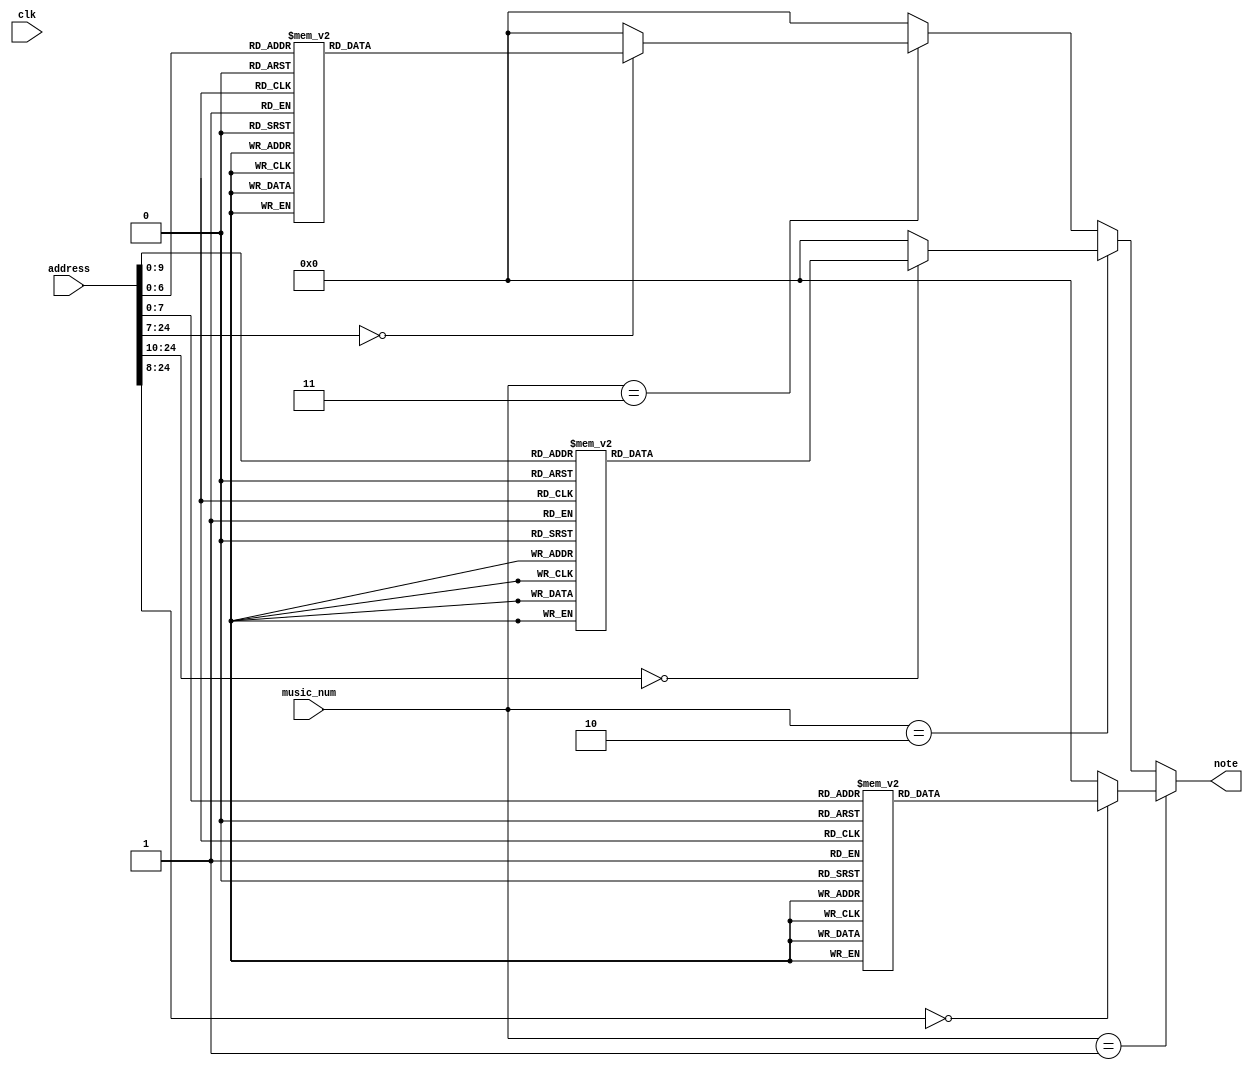
/*
   This file was generated automatically by the Mojo IDE version B1.3.6.
   Do not edit this file directly. Instead edit the original Lucid source.
   This is a temporary file and any changes made to it will be destroyed.
*/

module music_ROM_46 (
    input clk,
    input [24:0] address,
    input [1:0] music_num,
    output reg [7:0] note
  );
  
  
  
  always @* begin
    if (music_num[0+1-:2] == 1'h1) begin
      
      case (address)
        1'h0: begin
          note = 1'h0;
        end
        1'h1: begin
          note = 1'h0;
        end
        2'h2: begin
          note = 1'h0;
        end
        2'h3: begin
          note = 1'h0;
        end
        3'h4: begin
          note = 6'h20;
        end
        3'h5: begin
          note = 1'h0;
        end
        3'h6: begin
          note = 6'h20;
        end
        3'h7: begin
          note = 1'h0;
        end
        4'h8: begin
          note = 6'h22;
        end
        4'h9: begin
          note = 1'h0;
        end
        4'ha: begin
          note = 1'h0;
        end
        4'hb: begin
          note = 1'h0;
        end
        4'hc: begin
          note = 6'h20;
        end
        4'hd: begin
          note = 1'h0;
        end
        4'he: begin
          note = 1'h0;
        end
        4'hf: begin
          note = 1'h0;
        end
        5'h10: begin
          note = 6'h25;
        end
        5'h11: begin
          note = 1'h0;
        end
        5'h12: begin
          note = 1'h0;
        end
        5'h13: begin
          note = 1'h0;
        end
        5'h14: begin
          note = 6'h24;
        end
        5'h15: begin
          note = 1'h0;
        end
        5'h16: begin
          note = 1'h0;
        end
        5'h17: begin
          note = 1'h0;
        end
        5'h18: begin
          note = 1'h0;
        end
        5'h19: begin
          note = 1'h0;
        end
        5'h1a: begin
          note = 1'h0;
        end
        5'h1b: begin
          note = 1'h0;
        end
        5'h1c: begin
          note = 6'h20;
        end
        5'h1d: begin
          note = 1'h0;
        end
        5'h1e: begin
          note = 6'h20;
        end
        5'h1f: begin
          note = 1'h0;
        end
        6'h20: begin
          note = 6'h22;
        end
        6'h21: begin
          note = 1'h0;
        end
        6'h22: begin
          note = 1'h0;
        end
        6'h23: begin
          note = 1'h0;
        end
        6'h24: begin
          note = 6'h20;
        end
        6'h25: begin
          note = 1'h0;
        end
        6'h26: begin
          note = 1'h0;
        end
        6'h27: begin
          note = 1'h0;
        end
        6'h28: begin
          note = 6'h26;
        end
        6'h29: begin
          note = 1'h0;
        end
        6'h2a: begin
          note = 1'h0;
        end
        6'h2b: begin
          note = 1'h0;
        end
        6'h2c: begin
          note = 6'h25;
        end
        6'h2d: begin
          note = 1'h0;
        end
        6'h2e: begin
          note = 1'h0;
        end
        6'h2f: begin
          note = 1'h0;
        end
        6'h30: begin
          note = 1'h0;
        end
        6'h31: begin
          note = 1'h0;
        end
        6'h32: begin
          note = 1'h0;
        end
        6'h33: begin
          note = 1'h0;
        end
        6'h34: begin
          note = 6'h20;
        end
        6'h35: begin
          note = 1'h0;
        end
        6'h36: begin
          note = 6'h20;
        end
        6'h37: begin
          note = 1'h0;
        end
        6'h38: begin
          note = 6'h2c;
        end
        6'h39: begin
          note = 1'h0;
        end
        6'h3a: begin
          note = 1'h0;
        end
        6'h3b: begin
          note = 1'h0;
        end
        6'h3c: begin
          note = 6'h29;
        end
        6'h3d: begin
          note = 1'h0;
        end
        6'h3e: begin
          note = 1'h0;
        end
        6'h3f: begin
          note = 1'h0;
        end
        7'h40: begin
          note = 6'h25;
        end
        7'h41: begin
          note = 1'h0;
        end
        7'h42: begin
          note = 1'h0;
        end
        7'h43: begin
          note = 1'h0;
        end
        7'h44: begin
          note = 6'h24;
        end
        7'h45: begin
          note = 1'h0;
        end
        7'h46: begin
          note = 1'h0;
        end
        7'h47: begin
          note = 1'h0;
        end
        7'h48: begin
          note = 6'h22;
        end
        7'h49: begin
          note = 1'h0;
        end
        7'h4a: begin
          note = 1'h0;
        end
        7'h4b: begin
          note = 1'h0;
        end
        7'h4c: begin
          note = 1'h0;
        end
        7'h4d: begin
          note = 1'h0;
        end
        7'h4e: begin
          note = 1'h0;
        end
        7'h4f: begin
          note = 1'h0;
        end
        7'h50: begin
          note = 1'h0;
        end
        7'h51: begin
          note = 1'h0;
        end
        7'h52: begin
          note = 1'h0;
        end
        7'h53: begin
          note = 1'h0;
        end
        7'h54: begin
          note = 6'h2a;
        end
        7'h55: begin
          note = 1'h0;
        end
        7'h56: begin
          note = 6'h2a;
        end
        7'h57: begin
          note = 1'h0;
        end
        7'h58: begin
          note = 6'h29;
        end
        7'h59: begin
          note = 1'h0;
        end
        7'h5a: begin
          note = 1'h0;
        end
        7'h5b: begin
          note = 1'h0;
        end
        7'h5c: begin
          note = 6'h25;
        end
        7'h5d: begin
          note = 1'h0;
        end
        7'h5e: begin
          note = 1'h0;
        end
        7'h5f: begin
          note = 1'h0;
        end
        7'h60: begin
          note = 6'h27;
        end
        7'h61: begin
          note = 1'h0;
        end
        7'h62: begin
          note = 1'h0;
        end
        7'h63: begin
          note = 1'h0;
        end
        7'h64: begin
          note = 6'h25;
        end
        7'h65: begin
          note = 1'h0;
        end
        7'h66: begin
          note = 1'h0;
        end
        7'h67: begin
          note = 1'h0;
        end
        7'h68: begin
          note = 1'h0;
        end
        7'h69: begin
          note = 1'h0;
        end
        7'h6a: begin
          note = 1'h0;
        end
        7'h6b: begin
          note = 1'h0;
        end
        7'h6c: begin
          note = 1'h0;
        end
        7'h6d: begin
          note = 1'h0;
        end
        7'h6e: begin
          note = 1'h0;
        end
        7'h6f: begin
          note = 1'h0;
        end
        7'h70: begin
          note = 1'h0;
        end
        7'h71: begin
          note = 1'h0;
        end
        7'h72: begin
          note = 1'h0;
        end
        7'h73: begin
          note = 1'h0;
        end
        7'h74: begin
          note = 1'h0;
        end
        7'h75: begin
          note = 1'h0;
        end
        7'h76: begin
          note = 1'h0;
        end
        7'h77: begin
          note = 1'h0;
        end
        7'h78: begin
          note = 1'h0;
        end
        7'h79: begin
          note = 1'h0;
        end
        7'h7a: begin
          note = 1'h0;
        end
        7'h7b: begin
          note = 1'h0;
        end
        7'h7c: begin
          note = 1'h0;
        end
        7'h7d: begin
          note = 1'h0;
        end
        7'h7e: begin
          note = 1'h0;
        end
        7'h7f: begin
          note = 1'h0;
        end
        8'h80: begin
          note = 1'h0;
        end
        8'h81: begin
          note = 1'h0;
        end
        8'h82: begin
          note = 1'h0;
        end
        8'h83: begin
          note = 1'h0;
        end
        8'h84: begin
          note = 1'h0;
        end
        8'h85: begin
          note = 1'h0;
        end
        8'h86: begin
          note = 1'h0;
        end
        8'h87: begin
          note = 1'h0;
        end
        8'h88: begin
          note = 1'h0;
        end
        8'h89: begin
          note = 1'h0;
        end
        8'h8a: begin
          note = 1'h0;
        end
        8'h8b: begin
          note = 1'h0;
        end
        8'h8c: begin
          note = 1'h0;
        end
        8'h8d: begin
          note = 1'h0;
        end
        8'h8e: begin
          note = 1'h0;
        end
        8'h8f: begin
          note = 1'h0;
        end
        8'h90: begin
          note = 1'h0;
        end
        8'h91: begin
          note = 1'h0;
        end
        8'h92: begin
          note = 1'h0;
        end
        8'h93: begin
          note = 1'h0;
        end
        8'h94: begin
          note = 1'h0;
        end
        8'h95: begin
          note = 1'h0;
        end
        8'h96: begin
          note = 1'h0;
        end
        8'h97: begin
          note = 1'h0;
        end
        8'h98: begin
          note = 1'h0;
        end
        8'h99: begin
          note = 1'h0;
        end
        8'h9a: begin
          note = 1'h0;
        end
        8'h9b: begin
          note = 1'h0;
        end
        8'h9c: begin
          note = 1'h0;
        end
        8'h9d: begin
          note = 1'h0;
        end
        8'h9e: begin
          note = 1'h0;
        end
        8'h9f: begin
          note = 1'h0;
        end
        8'ha0: begin
          note = 1'h0;
        end
        8'ha1: begin
          note = 1'h0;
        end
        8'ha2: begin
          note = 1'h0;
        end
        8'ha3: begin
          note = 1'h0;
        end
        8'ha4: begin
          note = 1'h0;
        end
        8'ha5: begin
          note = 1'h0;
        end
        8'ha6: begin
          note = 1'h0;
        end
        8'ha7: begin
          note = 1'h0;
        end
        8'ha8: begin
          note = 1'h0;
        end
        8'ha9: begin
          note = 1'h0;
        end
        8'haa: begin
          note = 1'h0;
        end
        8'hab: begin
          note = 1'h0;
        end
        8'hac: begin
          note = 1'h0;
        end
        8'had: begin
          note = 1'h0;
        end
        8'hae: begin
          note = 1'h0;
        end
        8'haf: begin
          note = 1'h0;
        end
        8'hb0: begin
          note = 1'h0;
        end
        8'hb1: begin
          note = 1'h0;
        end
        8'hb2: begin
          note = 1'h0;
        end
        8'hb3: begin
          note = 1'h0;
        end
        8'hb4: begin
          note = 1'h0;
        end
        8'hb5: begin
          note = 1'h0;
        end
        8'hb6: begin
          note = 1'h0;
        end
        8'hb7: begin
          note = 1'h0;
        end
        8'hb8: begin
          note = 1'h0;
        end
        8'hb9: begin
          note = 1'h0;
        end
        8'hba: begin
          note = 1'h0;
        end
        8'hbb: begin
          note = 1'h0;
        end
        8'hbc: begin
          note = 1'h0;
        end
        8'hbd: begin
          note = 1'h0;
        end
        8'hbe: begin
          note = 1'h0;
        end
        8'hbf: begin
          note = 1'h0;
        end
        8'hc0: begin
          note = 1'h0;
        end
        8'hc1: begin
          note = 1'h0;
        end
        8'hc2: begin
          note = 1'h0;
        end
        8'hc3: begin
          note = 1'h0;
        end
        8'hc4: begin
          note = 1'h0;
        end
        8'hc5: begin
          note = 1'h0;
        end
        8'hc6: begin
          note = 1'h0;
        end
        8'hc7: begin
          note = 1'h0;
        end
        8'hc8: begin
          note = 1'h0;
        end
        8'hc9: begin
          note = 1'h0;
        end
        8'hca: begin
          note = 1'h0;
        end
        8'hcb: begin
          note = 1'h0;
        end
        8'hcc: begin
          note = 1'h0;
        end
        8'hcd: begin
          note = 1'h0;
        end
        8'hce: begin
          note = 1'h0;
        end
        8'hcf: begin
          note = 1'h0;
        end
        8'hd0: begin
          note = 1'h0;
        end
        8'hd1: begin
          note = 1'h0;
        end
        8'hd2: begin
          note = 1'h0;
        end
        8'hd3: begin
          note = 1'h0;
        end
        8'hd4: begin
          note = 1'h0;
        end
        8'hd5: begin
          note = 1'h0;
        end
        8'hd6: begin
          note = 1'h0;
        end
        8'hd7: begin
          note = 1'h0;
        end
        8'hd8: begin
          note = 1'h0;
        end
        8'hd9: begin
          note = 1'h0;
        end
        8'hda: begin
          note = 1'h0;
        end
        8'hdb: begin
          note = 1'h0;
        end
        8'hdc: begin
          note = 1'h0;
        end
        8'hdd: begin
          note = 1'h0;
        end
        8'hde: begin
          note = 1'h0;
        end
        8'hdf: begin
          note = 1'h0;
        end
        8'he0: begin
          note = 1'h0;
        end
        8'he1: begin
          note = 1'h0;
        end
        8'he2: begin
          note = 1'h0;
        end
        8'he3: begin
          note = 1'h0;
        end
        8'he4: begin
          note = 1'h0;
        end
        8'he5: begin
          note = 1'h0;
        end
        8'he6: begin
          note = 1'h0;
        end
        8'he7: begin
          note = 1'h0;
        end
        8'he8: begin
          note = 1'h0;
        end
        8'he9: begin
          note = 1'h0;
        end
        8'hea: begin
          note = 1'h0;
        end
        8'heb: begin
          note = 1'h0;
        end
        8'hec: begin
          note = 1'h0;
        end
        8'hed: begin
          note = 1'h0;
        end
        8'hee: begin
          note = 1'h0;
        end
        8'hef: begin
          note = 1'h0;
        end
        8'hf0: begin
          note = 1'h0;
        end
        8'hf1: begin
          note = 1'h0;
        end
        8'hf2: begin
          note = 1'h0;
        end
        8'hef: begin
          note = 1'h0;
        end
        8'hf0: begin
          note = 1'h0;
        end
        8'hf1: begin
          note = 1'h0;
        end
        8'hf2: begin
          note = 1'h0;
        end
        default: begin
          note = 1'h0;
        end
      endcase
    end else begin
      if (music_num == 2'h2) begin
        
        case (address)
          1'h0: begin
            note = 1'h0;
          end
          1'h1: begin
            note = 1'h0;
          end
          2'h2: begin
            note = 1'h0;
          end
          2'h3: begin
            note = 1'h0;
          end
          3'h4: begin
            note = 6'h29;
          end
          3'h5: begin
            note = 6'h29;
          end
          3'h6: begin
            note = 1'h0;
          end
          3'h7: begin
            note = 6'h29;
          end
          4'h8: begin
            note = 1'h0;
          end
          4'h9: begin
            note = 6'h25;
          end
          4'ha: begin
            note = 6'h29;
          end
          4'hb: begin
            note = 1'h0;
          end
          4'hc: begin
            note = 6'h2c;
          end
          4'hd: begin
            note = 1'h0;
          end
          4'he: begin
            note = 1'h0;
          end
          4'hf: begin
            note = 1'h0;
          end
          5'h10: begin
            note = 4'h8;
          end
          5'h11: begin
            note = 1'h0;
          end
          5'h12: begin
            note = 1'h0;
          end
          5'h13: begin
            note = 1'h0;
          end
          5'h14: begin
            note = 6'h25;
          end
          5'h15: begin
            note = 1'h0;
          end
          5'h16: begin
            note = 1'h0;
          end
          5'h17: begin
            note = 6'h20;
          end
          5'h18: begin
            note = 1'h0;
          end
          5'h19: begin
            note = 1'h0;
          end
          5'h1a: begin
            note = 5'h1d;
          end
          5'h1b: begin
            note = 1'h0;
          end
          5'h1c: begin
            note = 3'h6;
          end
          5'h1d: begin
            note = 6'h22;
          end
          5'h1e: begin
            note = 1'h0;
          end
          5'h1f: begin
            note = 6'h24;
          end
          6'h20: begin
            note = 1'h0;
          end
          6'h21: begin
            note = 6'h23;
          end
          6'h22: begin
            note = 6'h22;
          end
          6'h23: begin
            note = 1'h0;
          end
          6'h24: begin
            note = 1'h0;
          end
          6'h25: begin
            note = 6'h20;
          end
          6'h26: begin
            note = 6'h29;
          end
          6'h27: begin
            note = 6'h2c;
          end
          6'h28: begin
            note = 6'h2e;
          end
          6'h29: begin
            note = 1'h0;
          end
          6'h2a: begin
            note = 6'h2a;
          end
          6'h2b: begin
            note = 6'h2c;
          end
          6'h2c: begin
            note = 4'hd;
          end
          6'h2d: begin
            note = 6'h29;
          end
          6'h2e: begin
            note = 1'h0;
          end
          6'h2f: begin
            note = 6'h25;
          end
          6'h30: begin
            note = 6'h27;
          end
          6'h31: begin
            note = 6'h24;
          end
          6'h32: begin
            note = 1'h0;
          end
          6'h33: begin
            note = 1'h0;
          end
          6'h34: begin
            note = 6'h25;
          end
          6'h35: begin
            note = 1'h0;
          end
          6'h36: begin
            note = 1'h0;
          end
          6'h37: begin
            note = 6'h20;
          end
          6'h38: begin
            note = 1'h0;
          end
          6'h39: begin
            note = 1'h0;
          end
          6'h3a: begin
            note = 5'h1d;
          end
          6'h3b: begin
            note = 1'h0;
          end
          6'h3c: begin
            note = 3'h6;
          end
          6'h3d: begin
            note = 6'h22;
          end
          6'h3e: begin
            note = 1'h0;
          end
          6'h3f: begin
            note = 6'h24;
          end
          7'h40: begin
            note = 1'h0;
          end
          7'h41: begin
            note = 6'h23;
          end
          7'h42: begin
            note = 6'h22;
          end
          7'h43: begin
            note = 1'h0;
          end
          7'h44: begin
            note = 1'h0;
          end
          7'h45: begin
            note = 6'h20;
          end
          7'h46: begin
            note = 6'h29;
          end
          7'h47: begin
            note = 6'h2c;
          end
          7'h48: begin
            note = 6'h2e;
          end
          7'h49: begin
            note = 1'h0;
          end
          7'h4a: begin
            note = 6'h2a;
          end
          7'h4b: begin
            note = 6'h2c;
          end
          7'h4c: begin
            note = 4'hd;
          end
          7'h4d: begin
            note = 6'h29;
          end
          7'h4e: begin
            note = 1'h0;
          end
          7'h4f: begin
            note = 6'h25;
          end
          7'h50: begin
            note = 6'h27;
          end
          7'h51: begin
            note = 6'h24;
          end
          7'h52: begin
            note = 1'h0;
          end
          7'h53: begin
            note = 1'h0;
          end
          7'h54: begin
            note = 4'hd;
          end
          7'h55: begin
            note = 1'h0;
          end
          7'h56: begin
            note = 6'h2c;
          end
          7'h57: begin
            note = 6'h2b;
          end
          7'h58: begin
            note = 6'h2a;
          end
          7'h59: begin
            note = 6'h28;
          end
          7'h5a: begin
            note = 1'h0;
          end
          7'h5b: begin
            note = 6'h29;
          end
          7'h5c: begin
            note = 3'h6;
          end
          7'h5d: begin
            note = 6'h21;
          end
          7'h5e: begin
            note = 6'h22;
          end
          7'h5f: begin
            note = 6'h25;
          end
          7'h60: begin
            note = 1'h0;
          end
          7'h61: begin
            note = 6'h22;
          end
          7'h62: begin
            note = 6'h25;
          end
          7'h63: begin
            note = 6'h27;
          end
          7'h64: begin
            note = 4'hd;
          end
          7'h65: begin
            note = 1'h0;
          end
          7'h66: begin
            note = 6'h2c;
          end
          7'h67: begin
            note = 6'h2b;
          end
          7'h68: begin
            note = 6'h2a;
          end
          7'h69: begin
            note = 6'h28;
          end
          7'h6a: begin
            note = 1'h0;
          end
          7'h6b: begin
            note = 6'h29;
          end
          7'h6c: begin
            note = 3'h6;
          end
          7'h6d: begin
            note = 6'h31;
          end
          7'h6e: begin
            note = 1'h0;
          end
          7'h6f: begin
            note = 6'h31;
          end
          7'h70: begin
            note = 6'h31;
          end
          7'h71: begin
            note = 1'h0;
          end
          7'h72: begin
            note = 1'h0;
          end
          7'h73: begin
            note = 1'h0;
          end
          7'h74: begin
            note = 4'hd;
          end
          7'h75: begin
            note = 1'h0;
          end
          7'h76: begin
            note = 6'h2c;
          end
          7'h77: begin
            note = 6'h2b;
          end
          7'h78: begin
            note = 6'h2a;
          end
          7'h79: begin
            note = 6'h28;
          end
          7'h7a: begin
            note = 1'h0;
          end
          7'h7b: begin
            note = 6'h29;
          end
          7'h7c: begin
            note = 3'h6;
          end
          7'h7d: begin
            note = 6'h21;
          end
          7'h7e: begin
            note = 6'h22;
          end
          7'h7f: begin
            note = 6'h25;
          end
          8'h80: begin
            note = 1'h0;
          end
          8'h81: begin
            note = 6'h22;
          end
          8'h82: begin
            note = 6'h25;
          end
          8'h83: begin
            note = 6'h27;
          end
          8'h84: begin
            note = 4'h9;
          end
          8'h85: begin
            note = 1'h0;
          end
          8'h86: begin
            note = 6'h28;
          end
          8'h87: begin
            note = 1'h0;
          end
          8'h88: begin
            note = 4'hb;
          end
          8'h89: begin
            note = 6'h27;
          end
          8'h8a: begin
            note = 1'h0;
          end
          8'h8b: begin
            note = 1'h0;
          end
          8'h8c: begin
            note = 6'h25;
          end
          8'h8d: begin
            note = 1'h0;
          end
          8'h8e: begin
            note = 1'h0;
          end
          8'h8f: begin
            note = 1'h0;
          end
          8'h90: begin
            note = 1'h0;
          end
          8'h91: begin
            note = 1'h0;
          end
          8'h92: begin
            note = 1'h0;
          end
          8'h93: begin
            note = 1'h0;
          end
          8'h94: begin
            note = 4'hd;
          end
          8'h95: begin
            note = 1'h0;
          end
          8'h96: begin
            note = 6'h2c;
          end
          8'h97: begin
            note = 6'h2b;
          end
          8'h98: begin
            note = 6'h2a;
          end
          8'h99: begin
            note = 6'h28;
          end
          8'h9a: begin
            note = 1'h0;
          end
          8'h9b: begin
            note = 6'h29;
          end
          8'h9c: begin
            note = 3'h6;
          end
          8'h9d: begin
            note = 6'h21;
          end
          8'h9e: begin
            note = 6'h22;
          end
          8'h9f: begin
            note = 6'h25;
          end
          8'ha0: begin
            note = 1'h0;
          end
          8'ha1: begin
            note = 6'h22;
          end
          8'ha2: begin
            note = 6'h25;
          end
          8'ha3: begin
            note = 6'h27;
          end
          8'ha4: begin
            note = 4'hd;
          end
          8'ha5: begin
            note = 1'h0;
          end
          8'ha6: begin
            note = 6'h2c;
          end
          8'ha7: begin
            note = 6'h2b;
          end
          8'ha8: begin
            note = 6'h2a;
          end
          8'ha9: begin
            note = 6'h28;
          end
          8'haa: begin
            note = 1'h0;
          end
          8'hab: begin
            note = 6'h29;
          end
          8'hac: begin
            note = 3'h6;
          end
          8'had: begin
            note = 6'h31;
          end
          8'hae: begin
            note = 1'h0;
          end
          8'haf: begin
            note = 6'h31;
          end
          8'hb0: begin
            note = 6'h31;
          end
          8'hb1: begin
            note = 1'h0;
          end
          8'hb2: begin
            note = 1'h0;
          end
          8'hb3: begin
            note = 1'h0;
          end
          8'hb4: begin
            note = 4'hd;
          end
          8'hb5: begin
            note = 1'h0;
          end
          8'hb6: begin
            note = 6'h2c;
          end
          8'hb7: begin
            note = 6'h2b;
          end
          8'hb8: begin
            note = 6'h2a;
          end
          8'hb9: begin
            note = 6'h28;
          end
          8'hba: begin
            note = 1'h0;
          end
          8'hbb: begin
            note = 6'h29;
          end
          8'hbc: begin
            note = 3'h6;
          end
          8'hbd: begin
            note = 6'h21;
          end
          8'hbe: begin
            note = 6'h22;
          end
          8'hbf: begin
            note = 6'h25;
          end
          8'hc0: begin
            note = 1'h0;
          end
          8'hc1: begin
            note = 6'h22;
          end
          8'hc2: begin
            note = 6'h25;
          end
          8'hc3: begin
            note = 6'h27;
          end
          8'hc4: begin
            note = 4'h9;
          end
          8'hc5: begin
            note = 1'h0;
          end
          8'hc6: begin
            note = 6'h28;
          end
          8'hc7: begin
            note = 1'h0;
          end
          8'hc8: begin
            note = 4'hb;
          end
          8'hc9: begin
            note = 6'h27;
          end
          8'hca: begin
            note = 1'h0;
          end
          8'hcb: begin
            note = 1'h0;
          end
          8'hcc: begin
            note = 6'h25;
          end
          8'hcd: begin
            note = 1'h0;
          end
          8'hce: begin
            note = 1'h0;
          end
          8'hcf: begin
            note = 1'h0;
          end
          8'hd0: begin
            note = 1'h0;
          end
          8'hd1: begin
            note = 1'h0;
          end
          8'hd2: begin
            note = 1'h0;
          end
          8'hd3: begin
            note = 1'h0;
          end
          8'hd4: begin
            note = 6'h25;
          end
          8'hd5: begin
            note = 6'h25;
          end
          8'hd6: begin
            note = 1'h0;
          end
          8'hd7: begin
            note = 6'h25;
          end
          8'hd8: begin
            note = 1'h0;
          end
          8'hd9: begin
            note = 6'h25;
          end
          8'hda: begin
            note = 6'h27;
          end
          8'hdb: begin
            note = 1'h0;
          end
          8'hdc: begin
            note = 6'h29;
          end
          8'hdd: begin
            note = 6'h25;
          end
          8'hde: begin
            note = 1'h0;
          end
          8'hdf: begin
            note = 6'h22;
          end
          8'he0: begin
            note = 6'h20;
          end
          8'he1: begin
            note = 1'h0;
          end
          8'he2: begin
            note = 1'h0;
          end
          8'he3: begin
            note = 1'h0;
          end
          8'he4: begin
            note = 6'h25;
          end
          8'he5: begin
            note = 6'h25;
          end
          8'he6: begin
            note = 1'h0;
          end
          8'he7: begin
            note = 6'h25;
          end
          8'he8: begin
            note = 1'h0;
          end
          8'he9: begin
            note = 6'h25;
          end
          8'hea: begin
            note = 6'h27;
          end
          8'heb: begin
            note = 1'h0;
          end
          8'hec: begin
            note = 6'h29;
          end
          8'hed: begin
            note = 1'h0;
          end
          8'hee: begin
            note = 1'h0;
          end
          8'hef: begin
            note = 1'h0;
          end
          8'hf0: begin
            note = 1'h0;
          end
          8'hf1: begin
            note = 1'h0;
          end
          8'hf2: begin
            note = 1'h0;
          end
          8'hf3: begin
            note = 1'h0;
          end
          8'hf4: begin
            note = 6'h25;
          end
          8'hf5: begin
            note = 6'h25;
          end
          8'hf6: begin
            note = 1'h0;
          end
          8'hf7: begin
            note = 6'h25;
          end
          8'hf8: begin
            note = 1'h0;
          end
          8'hf9: begin
            note = 6'h25;
          end
          8'hfa: begin
            note = 6'h27;
          end
          8'hfb: begin
            note = 1'h0;
          end
          8'hfc: begin
            note = 6'h29;
          end
          8'hfd: begin
            note = 6'h25;
          end
          8'hfe: begin
            note = 1'h0;
          end
          8'hff: begin
            note = 6'h22;
          end
          9'h100: begin
            note = 6'h20;
          end
          9'h101: begin
            note = 1'h0;
          end
          9'h102: begin
            note = 1'h0;
          end
          9'h103: begin
            note = 1'h0;
          end
          9'h104: begin
            note = 6'h29;
          end
          9'h105: begin
            note = 6'h29;
          end
          9'h106: begin
            note = 1'h0;
          end
          9'h107: begin
            note = 6'h29;
          end
          9'h108: begin
            note = 1'h0;
          end
          9'h109: begin
            note = 6'h25;
          end
          9'h10a: begin
            note = 6'h29;
          end
          9'h10b: begin
            note = 1'h0;
          end
          9'h10c: begin
            note = 6'h2c;
          end
          9'h10d: begin
            note = 1'h0;
          end
          9'h10e: begin
            note = 1'h0;
          end
          9'h10f: begin
            note = 1'h0;
          end
          9'h110: begin
            note = 5'h14;
          end
          9'h111: begin
            note = 1'h0;
          end
          9'h112: begin
            note = 1'h0;
          end
          9'h113: begin
            note = 1'h0;
          end
          9'h114: begin
            note = 6'h25;
          end
          9'h115: begin
            note = 1'h0;
          end
          9'h116: begin
            note = 1'h0;
          end
          9'h117: begin
            note = 6'h20;
          end
          9'h118: begin
            note = 1'h0;
          end
          9'h119: begin
            note = 1'h0;
          end
          9'h11a: begin
            note = 5'h1d;
          end
          9'h11b: begin
            note = 1'h0;
          end
          9'h11c: begin
            note = 3'h6;
          end
          9'h11d: begin
            note = 6'h22;
          end
          9'h11e: begin
            note = 1'h0;
          end
          9'h11f: begin
            note = 6'h24;
          end
          9'h120: begin
            note = 1'h0;
          end
          9'h121: begin
            note = 6'h23;
          end
          9'h122: begin
            note = 6'h22;
          end
          9'h123: begin
            note = 1'h0;
          end
          9'h124: begin
            note = 1'h0;
          end
          9'h125: begin
            note = 6'h20;
          end
          9'h126: begin
            note = 6'h29;
          end
          9'h127: begin
            note = 6'h2c;
          end
          9'h128: begin
            note = 6'h2e;
          end
          9'h129: begin
            note = 1'h0;
          end
          9'h12a: begin
            note = 6'h2a;
          end
          9'h12b: begin
            note = 6'h2c;
          end
          9'h12c: begin
            note = 4'hd;
          end
          9'h12d: begin
            note = 6'h29;
          end
          9'h12e: begin
            note = 1'h0;
          end
          9'h12f: begin
            note = 6'h25;
          end
          9'h130: begin
            note = 6'h27;
          end
          9'h131: begin
            note = 6'h24;
          end
          9'h132: begin
            note = 1'h0;
          end
          9'h133: begin
            note = 1'h0;
          end
          9'h134: begin
            note = 6'h25;
          end
          9'h135: begin
            note = 1'h0;
          end
          9'h136: begin
            note = 1'h0;
          end
          9'h137: begin
            note = 6'h20;
          end
          9'h138: begin
            note = 1'h0;
          end
          9'h139: begin
            note = 1'h0;
          end
          9'h13a: begin
            note = 5'h1d;
          end
          9'h13b: begin
            note = 1'h0;
          end
          9'h13c: begin
            note = 3'h6;
          end
          9'h13d: begin
            note = 6'h22;
          end
          9'h13e: begin
            note = 1'h0;
          end
          9'h13f: begin
            note = 6'h24;
          end
          9'h140: begin
            note = 1'h0;
          end
          9'h141: begin
            note = 6'h23;
          end
          9'h142: begin
            note = 6'h22;
          end
          9'h143: begin
            note = 1'h0;
          end
          9'h144: begin
            note = 1'h0;
          end
          9'h145: begin
            note = 6'h20;
          end
          9'h146: begin
            note = 6'h29;
          end
          9'h147: begin
            note = 6'h2c;
          end
          9'h148: begin
            note = 6'h2e;
          end
          9'h149: begin
            note = 1'h0;
          end
          9'h14a: begin
            note = 6'h2a;
          end
          9'h14b: begin
            note = 6'h2c;
          end
          9'h14c: begin
            note = 4'hd;
          end
          9'h14d: begin
            note = 6'h29;
          end
          9'h14e: begin
            note = 1'h0;
          end
          9'h14f: begin
            note = 6'h25;
          end
          9'h150: begin
            note = 6'h27;
          end
          9'h151: begin
            note = 6'h24;
          end
          9'h152: begin
            note = 1'h0;
          end
          9'h153: begin
            note = 1'h0;
          end
          9'h154: begin
            note = 6'h29;
          end
          9'h155: begin
            note = 6'h25;
          end
          9'h156: begin
            note = 1'h0;
          end
          9'h157: begin
            note = 6'h20;
          end
          9'h158: begin
            note = 1'h0;
          end
          9'h159: begin
            note = 1'h0;
          end
          9'h15a: begin
            note = 6'h21;
          end
          9'h15b: begin
            note = 1'h0;
          end
          9'h15c: begin
            note = 6'h22;
          end
          9'h15d: begin
            note = 6'h2a;
          end
          9'h15e: begin
            note = 1'h0;
          end
          9'h15f: begin
            note = 6'h2a;
          end
          9'h160: begin
            note = 6'h22;
          end
          9'h161: begin
            note = 1'h0;
          end
          9'h162: begin
            note = 1'h0;
          end
          9'h163: begin
            note = 1'h0;
          end
          9'h164: begin
            note = 1'h0;
          end
          9'h165: begin
            note = 6'h24;
          end
          9'h166: begin
            note = 6'h2e;
          end
          9'h167: begin
            note = 6'h2e;
          end
          9'h168: begin
            note = 1'h0;
          end
          9'h169: begin
            note = 6'h2e;
          end
          9'h16a: begin
            note = 6'h2c;
          end
          9'h16b: begin
            note = 6'h2a;
          end
          9'h16c: begin
            note = 6'h29;
          end
          9'h16d: begin
            note = 6'h25;
          end
          9'h16e: begin
            note = 1'h0;
          end
          9'h16f: begin
            note = 6'h22;
          end
          9'h170: begin
            note = 6'h20;
          end
          9'h171: begin
            note = 1'h0;
          end
          9'h172: begin
            note = 1'h0;
          end
          9'h173: begin
            note = 1'h0;
          end
          9'h174: begin
            note = 6'h29;
          end
          9'h175: begin
            note = 6'h25;
          end
          9'h176: begin
            note = 1'h0;
          end
          9'h177: begin
            note = 6'h20;
          end
          9'h178: begin
            note = 1'h0;
          end
          9'h179: begin
            note = 1'h0;
          end
          9'h17a: begin
            note = 6'h21;
          end
          9'h17b: begin
            note = 1'h0;
          end
          9'h17c: begin
            note = 6'h22;
          end
          9'h17d: begin
            note = 6'h2a;
          end
          9'h17e: begin
            note = 1'h0;
          end
          9'h17f: begin
            note = 6'h2a;
          end
          9'h180: begin
            note = 6'h22;
          end
          9'h181: begin
            note = 1'h0;
          end
          9'h182: begin
            note = 1'h0;
          end
          9'h183: begin
            note = 1'h0;
          end
          9'h184: begin
            note = 6'h24;
          end
          9'h185: begin
            note = 6'h2a;
          end
          9'h186: begin
            note = 1'h0;
          end
          9'h187: begin
            note = 6'h2a;
          end
          9'h188: begin
            note = 6'h2a;
          end
          9'h189: begin
            note = 1'h0;
          end
          9'h18a: begin
            note = 6'h29;
          end
          9'h18b: begin
            note = 6'h27;
          end
          9'h18c: begin
            note = 6'h25;
          end
          9'h18d: begin
            note = 1'h0;
          end
          9'h18e: begin
            note = 1'h0;
          end
          9'h18f: begin
            note = 1'h0;
          end
          9'h190: begin
            note = 1'h1;
          end
          9'h191: begin
            note = 1'h0;
          end
          9'h192: begin
            note = 1'h0;
          end
          9'h193: begin
            note = 1'h0;
          end
          9'h194: begin
            note = 6'h29;
          end
          9'h195: begin
            note = 6'h25;
          end
          9'h196: begin
            note = 1'h0;
          end
          9'h197: begin
            note = 6'h20;
          end
          9'h198: begin
            note = 1'h0;
          end
          9'h199: begin
            note = 1'h0;
          end
          9'h19a: begin
            note = 6'h21;
          end
          9'h19b: begin
            note = 1'h0;
          end
          9'h19c: begin
            note = 6'h22;
          end
          9'h19d: begin
            note = 6'h2a;
          end
          9'h19e: begin
            note = 1'h0;
          end
          9'h19f: begin
            note = 6'h2a;
          end
          9'h1a0: begin
            note = 6'h22;
          end
          9'h1a1: begin
            note = 1'h0;
          end
          9'h1a2: begin
            note = 1'h0;
          end
          9'h1a3: begin
            note = 1'h0;
          end
          9'h1a4: begin
            note = 1'h0;
          end
          9'h1a5: begin
            note = 6'h24;
          end
          9'h1a6: begin
            note = 6'h2e;
          end
          9'h1a7: begin
            note = 6'h2e;
          end
          9'h1a8: begin
            note = 1'h0;
          end
          9'h1a9: begin
            note = 6'h2e;
          end
          9'h1aa: begin
            note = 6'h2c;
          end
          9'h1ab: begin
            note = 6'h2a;
          end
          9'h1ac: begin
            note = 6'h29;
          end
          9'h1ad: begin
            note = 6'h25;
          end
          9'h1ae: begin
            note = 1'h0;
          end
          9'h1af: begin
            note = 6'h22;
          end
          9'h1b0: begin
            note = 6'h20;
          end
          9'h1b1: begin
            note = 1'h0;
          end
          9'h1b2: begin
            note = 1'h0;
          end
          9'h1b3: begin
            note = 1'h0;
          end
          9'h1b4: begin
            note = 6'h29;
          end
          9'h1b5: begin
            note = 6'h25;
          end
          9'h1b6: begin
            note = 1'h0;
          end
          9'h1b7: begin
            note = 6'h20;
          end
          9'h1b8: begin
            note = 1'h0;
          end
          9'h1b9: begin
            note = 1'h0;
          end
          9'h1ba: begin
            note = 6'h21;
          end
          9'h1bb: begin
            note = 1'h0;
          end
          9'h1bc: begin
            note = 6'h22;
          end
          9'h1bd: begin
            note = 6'h2a;
          end
          9'h1be: begin
            note = 1'h0;
          end
          9'h1bf: begin
            note = 6'h2a;
          end
          9'h1c0: begin
            note = 6'h22;
          end
          9'h1c1: begin
            note = 1'h0;
          end
          9'h1c2: begin
            note = 1'h0;
          end
          9'h1c3: begin
            note = 1'h0;
          end
          9'h1c4: begin
            note = 6'h24;
          end
          9'h1c5: begin
            note = 6'h2a;
          end
          9'h1c6: begin
            note = 1'h0;
          end
          9'h1c7: begin
            note = 6'h2a;
          end
          9'h1c8: begin
            note = 6'h2a;
          end
          9'h1c9: begin
            note = 1'h0;
          end
          9'h1ca: begin
            note = 6'h29;
          end
          9'h1cb: begin
            note = 6'h27;
          end
          9'h1cc: begin
            note = 6'h25;
          end
          9'h1cd: begin
            note = 1'h0;
          end
          9'h1ce: begin
            note = 1'h0;
          end
          9'h1cf: begin
            note = 1'h0;
          end
          9'h1d0: begin
            note = 1'h0;
          end
          9'h1d1: begin
            note = 1'h0;
          end
          9'h1d2: begin
            note = 1'h0;
          end
          9'h1d3: begin
            note = 1'h0;
          end
          9'h1d4: begin
            note = 6'h25;
          end
          9'h1d5: begin
            note = 6'h25;
          end
          9'h1d6: begin
            note = 1'h0;
          end
          9'h1d7: begin
            note = 6'h25;
          end
          9'h1d8: begin
            note = 1'h0;
          end
          9'h1d9: begin
            note = 6'h25;
          end
          9'h1da: begin
            note = 6'h27;
          end
          9'h1db: begin
            note = 1'h0;
          end
          9'h1dc: begin
            note = 6'h29;
          end
          9'h1dd: begin
            note = 6'h25;
          end
          9'h1de: begin
            note = 1'h0;
          end
          9'h1df: begin
            note = 6'h22;
          end
          9'h1e0: begin
            note = 6'h20;
          end
          9'h1e1: begin
            note = 1'h0;
          end
          9'h1e2: begin
            note = 1'h0;
          end
          9'h1e3: begin
            note = 1'h0;
          end
          9'h1e4: begin
            note = 6'h25;
          end
          9'h1e5: begin
            note = 6'h25;
          end
          9'h1e6: begin
            note = 1'h0;
          end
          9'h1e7: begin
            note = 6'h25;
          end
          9'h1e8: begin
            note = 1'h0;
          end
          9'h1e9: begin
            note = 6'h25;
          end
          9'h1ea: begin
            note = 6'h27;
          end
          9'h1eb: begin
            note = 1'h0;
          end
          9'h1ec: begin
            note = 6'h29;
          end
          9'h1ed: begin
            note = 1'h0;
          end
          9'h1ee: begin
            note = 1'h0;
          end
          9'h1ef: begin
            note = 1'h0;
          end
          9'h1f0: begin
            note = 1'h0;
          end
          9'h1f1: begin
            note = 1'h0;
          end
          9'h1f2: begin
            note = 1'h0;
          end
          9'h1f3: begin
            note = 1'h0;
          end
          9'h1f4: begin
            note = 6'h25;
          end
          9'h1f5: begin
            note = 6'h25;
          end
          9'h1f6: begin
            note = 1'h0;
          end
          9'h1f7: begin
            note = 6'h25;
          end
          9'h1f8: begin
            note = 1'h0;
          end
          9'h1f9: begin
            note = 6'h25;
          end
          9'h1fa: begin
            note = 6'h27;
          end
          9'h1fb: begin
            note = 1'h0;
          end
          9'h1fc: begin
            note = 6'h29;
          end
          9'h1fd: begin
            note = 6'h25;
          end
          9'h1fe: begin
            note = 1'h0;
          end
          9'h1ff: begin
            note = 6'h22;
          end
          10'h200: begin
            note = 6'h20;
          end
          10'h201: begin
            note = 1'h0;
          end
          10'h202: begin
            note = 1'h0;
          end
          10'h203: begin
            note = 1'h0;
          end
          10'h204: begin
            note = 6'h29;
          end
          10'h205: begin
            note = 6'h29;
          end
          10'h206: begin
            note = 1'h0;
          end
          10'h207: begin
            note = 6'h29;
          end
          10'h208: begin
            note = 1'h0;
          end
          10'h209: begin
            note = 6'h25;
          end
          10'h20a: begin
            note = 6'h29;
          end
          10'h20b: begin
            note = 1'h0;
          end
          10'h20c: begin
            note = 6'h2c;
          end
          10'h20d: begin
            note = 1'h0;
          end
          10'h20e: begin
            note = 1'h0;
          end
          10'h20f: begin
            note = 1'h0;
          end
          10'h210: begin
            note = 5'h14;
          end
          10'h211: begin
            note = 1'h0;
          end
          10'h212: begin
            note = 1'h0;
          end
          10'h213: begin
            note = 1'h0;
          end
          10'h214: begin
            note = 6'h29;
          end
          10'h215: begin
            note = 6'h25;
          end
          10'h216: begin
            note = 1'h0;
          end
          10'h217: begin
            note = 6'h20;
          end
          10'h218: begin
            note = 1'h0;
          end
          10'h219: begin
            note = 1'h0;
          end
          10'h21a: begin
            note = 6'h21;
          end
          10'h21b: begin
            note = 1'h0;
          end
          10'h21c: begin
            note = 6'h22;
          end
          10'h21d: begin
            note = 6'h2a;
          end
          10'h21e: begin
            note = 1'h0;
          end
          10'h21f: begin
            note = 6'h2a;
          end
          10'h220: begin
            note = 6'h22;
          end
          10'h221: begin
            note = 1'h0;
          end
          10'h222: begin
            note = 1'h0;
          end
          10'h223: begin
            note = 1'h0;
          end
          10'h224: begin
            note = 1'h0;
          end
          10'h225: begin
            note = 6'h24;
          end
          10'h226: begin
            note = 6'h2e;
          end
          10'h227: begin
            note = 6'h2e;
          end
          10'h228: begin
            note = 1'h0;
          end
          10'h229: begin
            note = 6'h2e;
          end
          10'h22a: begin
            note = 6'h2c;
          end
          10'h22b: begin
            note = 6'h2a;
          end
          10'h22c: begin
            note = 6'h29;
          end
          10'h22d: begin
            note = 6'h25;
          end
          10'h22e: begin
            note = 1'h0;
          end
          10'h22f: begin
            note = 6'h22;
          end
          10'h230: begin
            note = 6'h20;
          end
          10'h231: begin
            note = 1'h0;
          end
          10'h232: begin
            note = 1'h0;
          end
          10'h233: begin
            note = 1'h0;
          end
          10'h234: begin
            note = 6'h29;
          end
          10'h235: begin
            note = 6'h25;
          end
          10'h236: begin
            note = 1'h0;
          end
          10'h237: begin
            note = 6'h20;
          end
          10'h238: begin
            note = 1'h0;
          end
          10'h239: begin
            note = 1'h0;
          end
          10'h23a: begin
            note = 6'h21;
          end
          10'h23b: begin
            note = 1'h0;
          end
          10'h23c: begin
            note = 6'h22;
          end
          10'h23d: begin
            note = 6'h2a;
          end
          10'h23e: begin
            note = 1'h0;
          end
          10'h23f: begin
            note = 6'h2a;
          end
          10'h240: begin
            note = 6'h22;
          end
          10'h241: begin
            note = 1'h0;
          end
          10'h242: begin
            note = 1'h0;
          end
          10'h243: begin
            note = 1'h0;
          end
          10'h244: begin
            note = 6'h24;
          end
          10'h245: begin
            note = 6'h2a;
          end
          10'h246: begin
            note = 1'h0;
          end
          10'h247: begin
            note = 6'h2a;
          end
          10'h248: begin
            note = 6'h2a;
          end
          10'h249: begin
            note = 1'h0;
          end
          10'h24a: begin
            note = 6'h29;
          end
          10'h24b: begin
            note = 6'h27;
          end
          10'h24c: begin
            note = 6'h25;
          end
          10'h24d: begin
            note = 1'h0;
          end
          10'h24e: begin
            note = 1'h0;
          end
          10'h24f: begin
            note = 1'h0;
          end
          10'h250: begin
            note = 1'h1;
          end
          10'h251: begin
            note = 1'h0;
          end
          10'h252: begin
            note = 1'h0;
          end
          10'h253: begin
            note = 1'h0;
          end
          10'h254: begin
            note = 1'h0;
          end
          10'h255: begin
            note = 1'h0;
          end
          10'h256: begin
            note = 1'h0;
          end
          10'h257: begin
            note = 1'h0;
          end
          10'h258: begin
            note = 1'h0;
          end
          default: begin
            note = 1'h0;
          end
        endcase
      end else begin
        if (music_num == 2'h3) begin
          
          case (address)
            1'h0: begin
              note = 1'h0;
            end
            1'h1: begin
              note = 1'h0;
            end
            2'h2: begin
              note = 1'h0;
            end
            2'h3: begin
              note = 1'h0;
            end
            3'h4: begin
              note = 1'h0;
            end
            3'h5: begin
              note = 1'h0;
            end
            3'h6: begin
              note = 1'h0;
            end
            3'h7: begin
              note = 1'h0;
            end
            4'h8: begin
              note = 1'h0;
            end
            4'h9: begin
              note = 1'h0;
            end
            4'ha: begin
              note = 1'h0;
            end
            4'hb: begin
              note = 1'h0;
            end
            4'hc: begin
              note = 1'h0;
            end
            4'hd: begin
              note = 1'h0;
            end
            4'he: begin
              note = 1'h0;
            end
            4'hf: begin
              note = 1'h0;
            end
            5'h10: begin
              note = 1'h0;
            end
            5'h11: begin
              note = 1'h0;
            end
            5'h12: begin
              note = 1'h0;
            end
            5'h13: begin
              note = 1'h0;
            end
            5'h14: begin
              note = 1'h0;
            end
            5'h15: begin
              note = 1'h0;
            end
            5'h16: begin
              note = 1'h0;
            end
            5'h17: begin
              note = 1'h0;
            end
            5'h18: begin
              note = 1'h0;
            end
            5'h19: begin
              note = 1'h0;
            end
            5'h1a: begin
              note = 1'h0;
            end
            5'h1b: begin
              note = 1'h0;
            end
            5'h1c: begin
              note = 1'h0;
            end
            5'h1d: begin
              note = 1'h0;
            end
            5'h1e: begin
              note = 1'h0;
            end
            5'h1f: begin
              note = 1'h0;
            end
            6'h20: begin
              note = 1'h0;
            end
            6'h21: begin
              note = 1'h0;
            end
            6'h22: begin
              note = 1'h0;
            end
            6'h23: begin
              note = 1'h0;
            end
            6'h24: begin
              note = 1'h0;
            end
            6'h25: begin
              note = 1'h0;
            end
            6'h26: begin
              note = 1'h0;
            end
            6'h27: begin
              note = 1'h0;
            end
            6'h28: begin
              note = 1'h0;
            end
            6'h29: begin
              note = 1'h0;
            end
            6'h2a: begin
              note = 1'h0;
            end
            6'h2b: begin
              note = 1'h0;
            end
            6'h2c: begin
              note = 1'h0;
            end
            6'h2d: begin
              note = 1'h0;
            end
            6'h2e: begin
              note = 1'h0;
            end
            6'h2f: begin
              note = 1'h0;
            end
            6'h30: begin
              note = 1'h0;
            end
            6'h31: begin
              note = 1'h0;
            end
            6'h32: begin
              note = 1'h0;
            end
            6'h33: begin
              note = 1'h0;
            end
            6'h34: begin
              note = 1'h0;
            end
            6'h35: begin
              note = 1'h0;
            end
            6'h36: begin
              note = 1'h0;
            end
            6'h37: begin
              note = 1'h0;
            end
            6'h38: begin
              note = 1'h0;
            end
            6'h39: begin
              note = 1'h0;
            end
            6'h3a: begin
              note = 1'h0;
            end
            6'h3b: begin
              note = 1'h0;
            end
            6'h3c: begin
              note = 1'h0;
            end
            6'h3d: begin
              note = 1'h0;
            end
            6'h3e: begin
              note = 1'h0;
            end
            6'h3f: begin
              note = 1'h0;
            end
            7'h40: begin
              note = 1'h0;
            end
            7'h41: begin
              note = 1'h0;
            end
            7'h42: begin
              note = 1'h0;
            end
            7'h43: begin
              note = 1'h0;
            end
            7'h44: begin
              note = 1'h0;
            end
            7'h45: begin
              note = 1'h0;
            end
            7'h46: begin
              note = 1'h0;
            end
            7'h47: begin
              note = 1'h0;
            end
            7'h48: begin
              note = 1'h0;
            end
            7'h49: begin
              note = 1'h0;
            end
            7'h4a: begin
              note = 1'h0;
            end
            7'h4b: begin
              note = 1'h0;
            end
            7'h4c: begin
              note = 1'h0;
            end
            7'h4d: begin
              note = 1'h0;
            end
            7'h4e: begin
              note = 1'h0;
            end
            7'h4f: begin
              note = 1'h0;
            end
            7'h50: begin
              note = 1'h0;
            end
            7'h51: begin
              note = 1'h0;
            end
            7'h52: begin
              note = 1'h0;
            end
            7'h53: begin
              note = 1'h0;
            end
            7'h54: begin
              note = 1'h0;
            end
            7'h55: begin
              note = 1'h0;
            end
            7'h56: begin
              note = 1'h0;
            end
            7'h57: begin
              note = 1'h0;
            end
            7'h58: begin
              note = 1'h0;
            end
            7'h59: begin
              note = 1'h0;
            end
            7'h5a: begin
              note = 1'h0;
            end
            7'h5b: begin
              note = 1'h0;
            end
            7'h5c: begin
              note = 1'h0;
            end
            7'h5d: begin
              note = 1'h0;
            end
            7'h5e: begin
              note = 1'h0;
            end
            7'h5f: begin
              note = 1'h0;
            end
            7'h60: begin
              note = 1'h0;
            end
            7'h61: begin
              note = 1'h0;
            end
            7'h62: begin
              note = 1'h0;
            end
            7'h63: begin
              note = 1'h0;
            end
            default: begin
              note = 1'h0;
            end
          endcase
        end else begin
          note = 1'h0;
        end
      end
    end
  end
endmodule